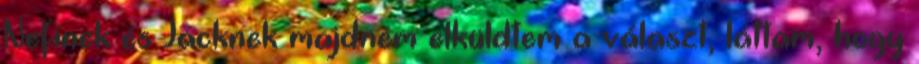
Nefinek és Jacknek majdnem elküldtem a választ, láttam, hogy